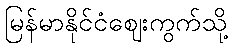
မြန်မာနိုင်ငံဈေးကွက်သို့